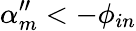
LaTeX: \alpha_{m}^{\prime\prime}<-\phi_{in}